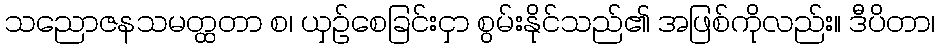
သညောဇနသမတ္ထတာ စ၊ ယှဉ်စေခြင်းငှာ စွမ်းနိုင်သည်၏ အဖြစ်ကိုလည်း။ ဒီပိတာ၊